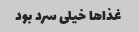
غذا‌ها خیلی سرد بود